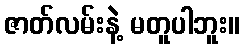
ဇာတ်လမ်းနဲ့ မတူပါဘူး။